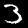
Digit: 3